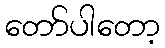
တော်ပါတော့